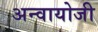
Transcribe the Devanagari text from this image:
अन्वायोजी